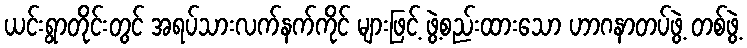
ယင်းရွာတိုင်းတွင် အရပ်သားလက်နက်ကိုင် များဖြင့် ဖွဲ့စည်းထားသော ဟာဂနာတပ်ဖွဲ့ တစ်ဖွဲ့